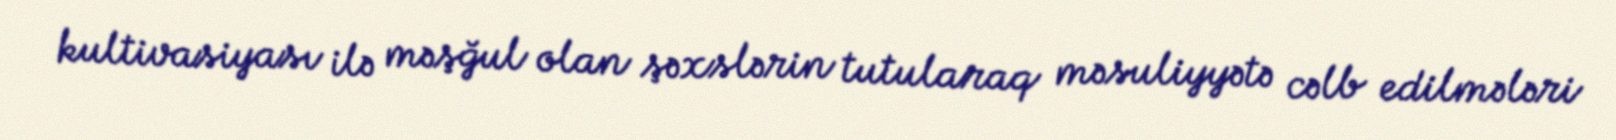
kultivasiyası ilə məşğul olan şəxslərin tutularaq məsuliyyətə cəlb edilmələri